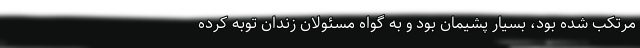
مرتکب شده بود، بسیار پشیمان بود و به گواه مسئولان زندان توبه کرده